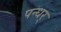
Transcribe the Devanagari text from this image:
पन्धर्